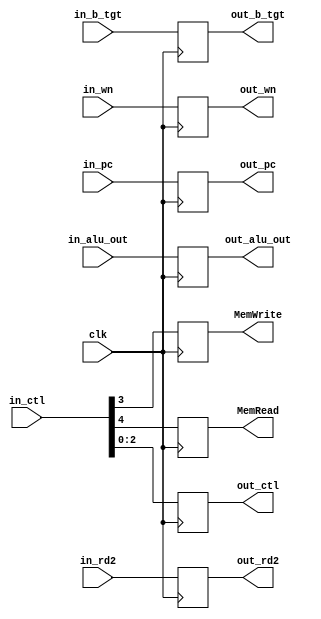

				  
module EX_MEM( clk, in_ctl, MemWrite, MemRead, out_ctl, in_b_tgt, in_alu_out, in_rd2, in_wn, in_pc,
				out_b_tgt, out_alu_out, out_rd2, out_wn, out_pc ) ;
	input clk ;
	input [4:0] in_wn ;
	input [4:0] in_ctl ; 
	input [31:0] in_b_tgt, in_alu_out, in_rd2, in_pc ;
	
	output MemWrite, MemRead;
	output [2:0] out_ctl ;
	output [4:0] out_wn ;
	output [31:0] out_b_tgt, out_alu_out, out_rd2, out_pc ;

	
	reg MemWrite, MemRead;
	reg [2:0] out_ctl ;
	reg [4:0] out_wn ;
	reg [31:0] out_b_tgt, out_alu_out, out_rd2, out_pc ;
	initial begin
		MemRead = 1'b0 ;
		MemWrite = 1'b0 ;
		out_ctl = 3'b0 ;
		out_wn = 5'b0 ;
		out_b_tgt = 32'b0 ;
		out_alu_out = 32'b0 ;
		out_rd2 = 32'b0;
		out_pc = 32'b0 ;
	end
	
	always @( posedge clk ) begin
		
		MemRead = in_ctl[4] ;
		MemWrite = in_ctl[3] ;
		out_ctl = in_ctl[2:0] ;
		out_wn = in_wn ;
		out_b_tgt = in_b_tgt ;
		out_alu_out = in_alu_out ;
		out_rd2 = in_rd2;
		out_pc = in_pc ;

	end
	
endmodule